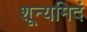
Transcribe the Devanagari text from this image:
शून्यमिदं